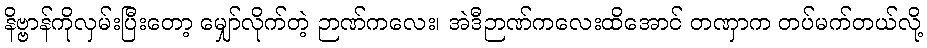
နိဗ္ဗာန်ကိုလှမ်းပြီးတော့ မျှော်လိုက်တဲ့ ဉာဏ်ကလေး၊ အဲဒီဉာဏ်ကလေးထိအောင် တဏှာက တပ်မက်တယ်လို့